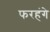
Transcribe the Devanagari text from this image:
फरहंगे